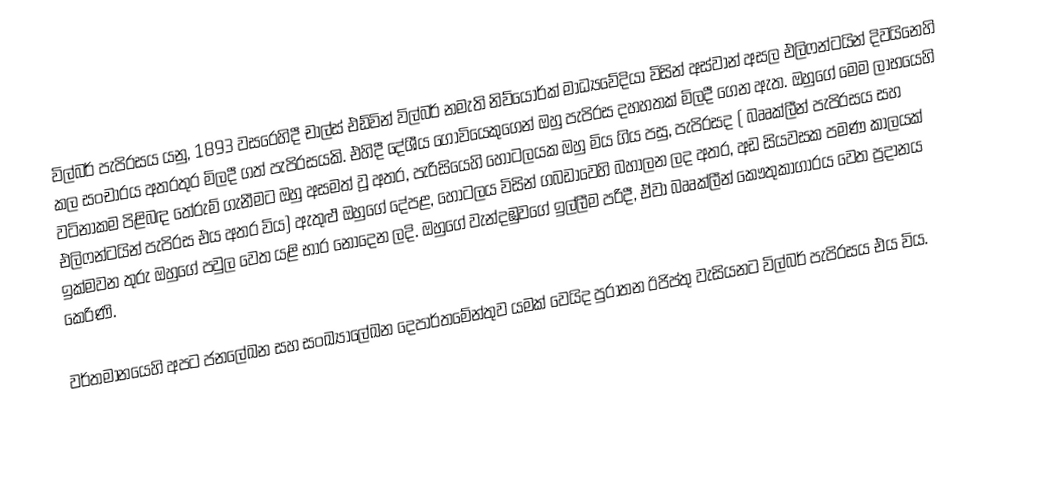
විල්බර් පැපිරසය යනු, 1893 වසරෙහිදී  චාල්ස් එඩ්වින් විල්බර් නමැති නිව්යෝර්ක් මාධ්‍යවේදියා විසින් අස්වාන් අසල එලිෆන්ටයින් දිවයිනෙහි කල සංචාරය අතරතුර මිලදී ගත්  පැපිරසයකි. එහිදී දේශීය ගොවියෙකුගෙන් ඔහු පැපිරස දහහතක් මිලදී ගෙන ඇත. ඔහුගේ මෙම ලාභයෙහි වටිනාකම පිළිබඳ තේරුම් ගැනීමට ඔහු අසමත් වූ අතර, පැරිසියෙහි හෝටලයක ඔහු මිය ගිය පසු, පැපිරසද ( බෲක්ලීන් පැපිරසය සහ එලිෆන්ටයින් පැපිරස එය අතර විය) ඇතුළු ඔහුගේ  දේපළ, හෝටලය විසින් ගබඩාවෙහි බහාලන ලද අතර, අඩ සියවසක පමණ කාලයක් ඉක්මවන තුරු ඔහුගේ පවුල වෙත යළි භාර නොදෙන ලදි. ඔහුගේ වැන්දඹුවගේ ඉල්ලීම පරිදී, ඒවා  බෲක්ලීන් කෞතුකාගාරය වෙත ප්‍රදානය කෙරිණි.

වර්තමානයෙහි අපට ජනලේඛන සහ සංඛ්‍යාලේඛන දෙපාර්තමේන්තුව යමක් වෙයිද පුරාතන ඊජිප්තු වැසියනට විල්බර් පැපිරසය එය විය.